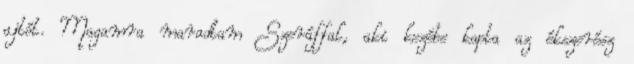
ajtót. Magamra maradtam Szeráffal, aki kezébe kapta az ékszerész